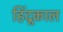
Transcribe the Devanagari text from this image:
हिंदूकाल